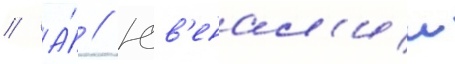
// А́ // Юв'енал'ии